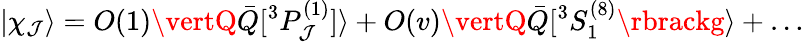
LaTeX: \vert\chi_{\mathcal{J}}\rangle=O(1)\vertQ\bar{{Q}}\lbrack{}^{3}P_{\mathcal{J}}^{(1)}\rbrack\rangle+O(v)\vertQ\bar{{Q}}\lbrack{}^{3}S_{1}^{(8)}\rbrackg\rangle+\ldots